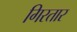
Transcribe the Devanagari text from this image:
गिरतार